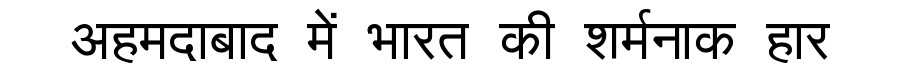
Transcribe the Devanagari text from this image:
अहमदाबाद में भारत की शर्मनाक हार